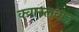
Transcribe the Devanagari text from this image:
क्वास्लवाह